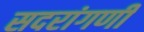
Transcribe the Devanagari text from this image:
सदरांगणी